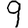
Digit: 9